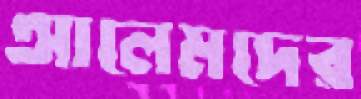
আলেমদের